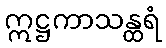
ဣဋ္ဌကာသန္ထရံ